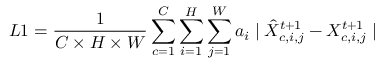
L 1 = \frac { 1 } { C \times H \times W } \sum _ { c = 1 } ^ { C } \sum _ { i = 1 } ^ { H } \sum _ { j = 1 } ^ { W } a _ { i } \mid \hat { X } _ { c , i , j } ^ { t + 1 } - X _ { c , i , j } ^ { t + 1 } \mid